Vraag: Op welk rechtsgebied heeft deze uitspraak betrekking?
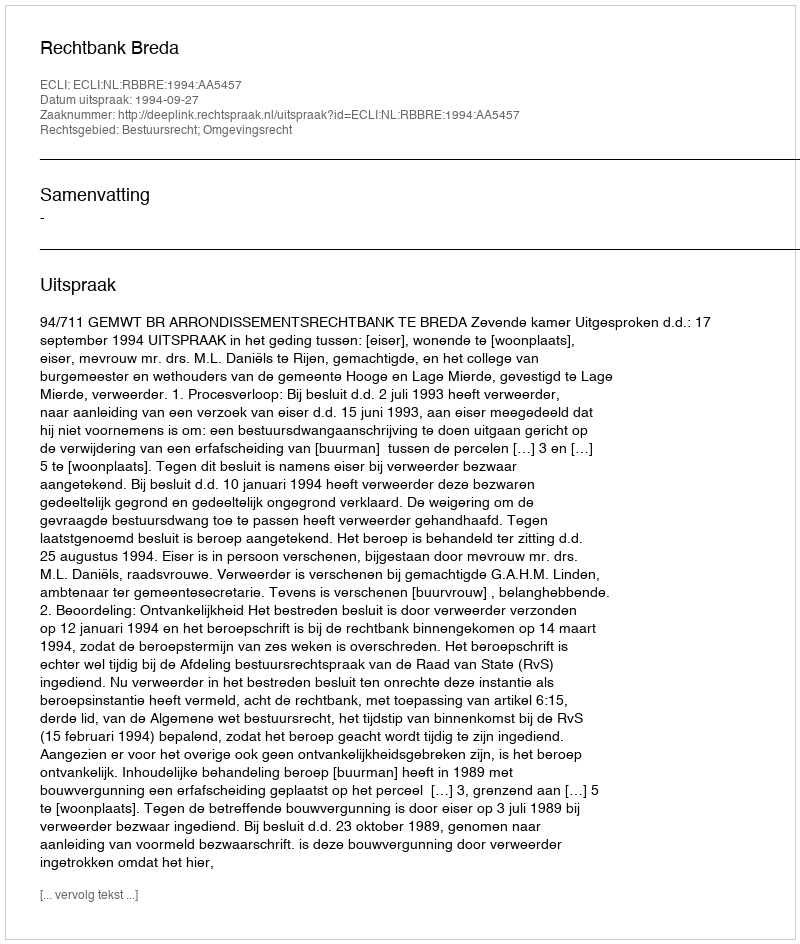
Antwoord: Bestuursrecht; Omgevingsrecht